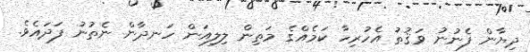
ދިޔާން ފެނުނު ވަޤުތު އެހުރިހާ ކަމެއްގެ މަތިން ލިލިއަން ހަނދާން ނެތުނު ފަދައެވެ.